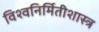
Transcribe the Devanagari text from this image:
विश्वनिर्मितीशास्त्र